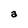
Character: a